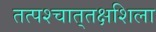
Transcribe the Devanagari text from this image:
तत्पश्‍चात्‌तक्षशिला